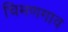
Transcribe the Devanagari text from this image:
चिमणगाव